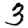
Digit: 3